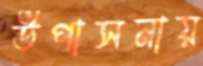
উপাসনায়